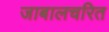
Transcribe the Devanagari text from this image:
जाबालचरित